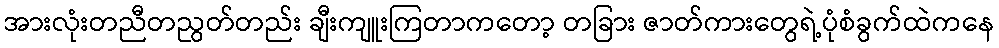
အားလုံးတညီတညွတ်တည်း ချီးကျူးကြတာကတော့ တခြား ဇာတ်ကားတွေရဲ့ပုံစံခွက်ထဲကနေ